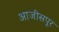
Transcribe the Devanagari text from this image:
आजीसपूर